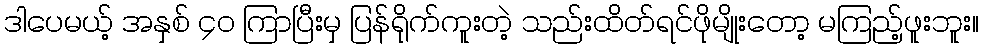
ဒါပေမယ့် အနှစ် ၄၀ ကြာပြီးမှ ပြန်ရိုက်ကူးတဲ့ သည်းထိတ်ရင်ဖိုမျိုးတော့ မကြည့်ဖူးဘူး။